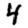
Digit: 4